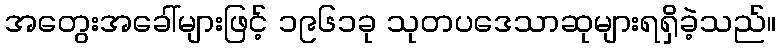
အတွေးအခေါ်များဖြင့် ၁၉၆၁ခု သုတပဒေသာဆုများရရှိခဲ့သည်။